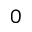
0